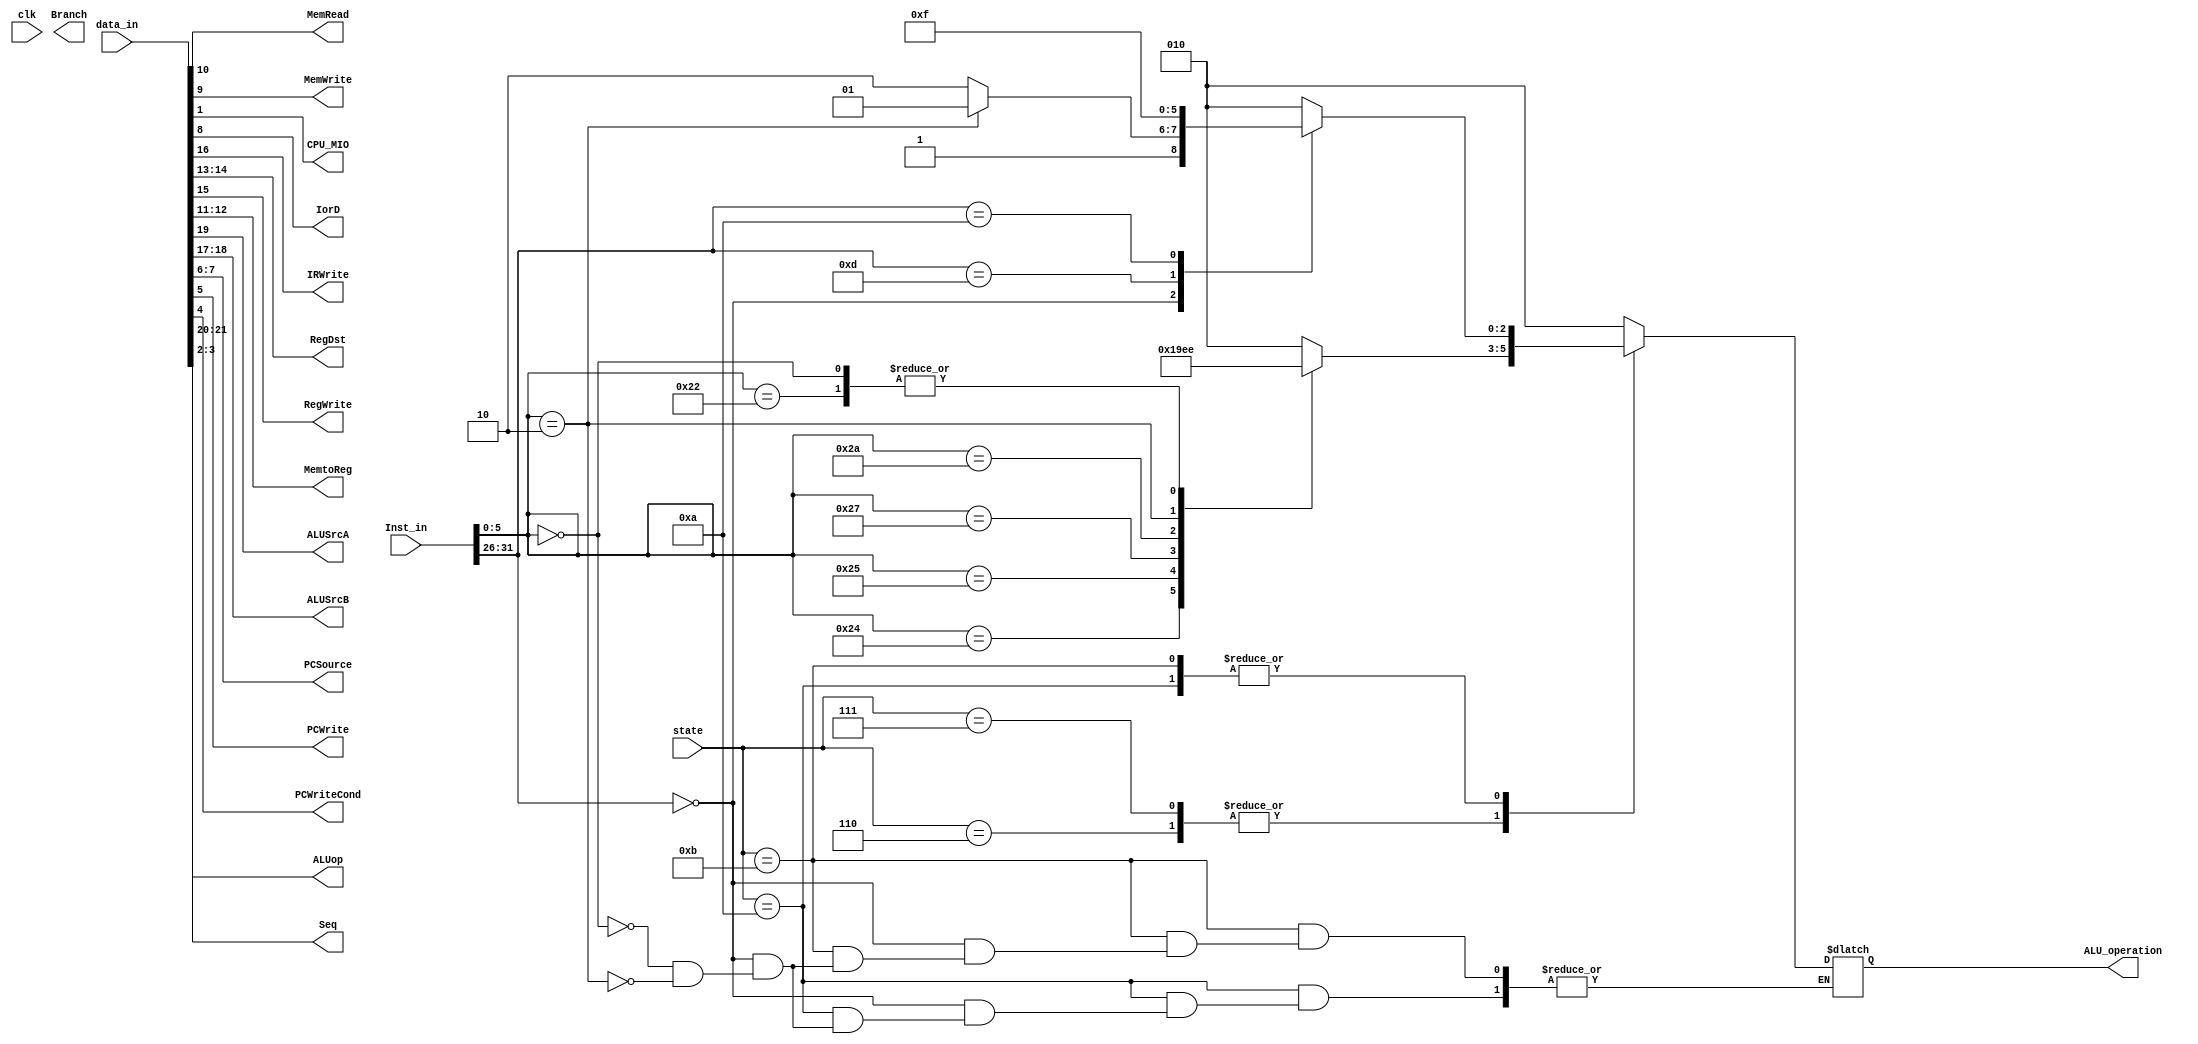
`timescale 1ns / 1ps
//////////////////////////////////////////////////////////////////////////////////
// Company: 
// Engineer: 
// 
// Design Name: 
// Module Name:    decode 
// Project Name: 
// Target Devices: 
// Tool versions: 
// Description: 
//
// Dependencies: 
//
// Revision: 
// Revision 0.01 - File Created
// Additional Comments: 
//
//////////////////////////////////////////////////////////////////////////////////
module decode(
				input [21:0]data_in,
				input [31:0] Inst_in,
				input [3:0]state,
				input clk,
				output MemRead,
				output MemWrite,
				output reg[2:0]ALU_operation,
				
				output CPU_MIO,
				output IorD,
				output IRWrite,
				output [1:0]RegDst,
				output RegWrite,
				output [1:0]MemtoReg,
				output ALUSrcA,
				output [1:0]ALUSrcB,
				output [1:0]PCSource,
				output PCWrite,
				output PCWriteCond,
				output Branch,
				output [1:0]ALUop,
				output [1:0]Seq
    );

assign ALUop=data_in[21:20];
assign ALUSrcA=data_in[19];
assign ALUSrcB=data_in[18:17];
assign IRWrite=data_in[16];
assign RegWrite=data_in[15];
assign RegDst=data_in[14:13];
assign MemtoReg=data_in[12:11];
assign MemRead=data_in[10];
assign MemWrite=data_in[9];
assign IorD=data_in[8];
assign PCSource=data_in[7:6];
assign PCWrite=data_in[5];
assign PCWriteCond=data_in[4];
assign Seq=data_in[3:2];
assign CPU_MIO=data_in[1];
assign branch=data_in[0];

parameter AND=3'b000,OR=3'b001,ADD=3'b010,SUB=3'b110,NOR=3'b100,SLT=3'b111,XOR=3'b011,SRL=3'b101,SLL=3'b110;


always @ * begin
	case(state)
	4'b0110:begin
		  case (Inst_in[5:0]) //R-type OP 
			6'b100010: ALU_operation <= SUB; 
			6'b100100: ALU_operation <= AND; 
			6'b100101: ALU_operation <= OR; 
			6'b100111: ALU_operation <= NOR; 
			6'b101010: ALU_operation <= SLT; 
			6'b000010: ALU_operation <= SRL; //SP3 shfit 1bit right 
			6'b000000: ALU_operation <= SLL;
			default: ALU_operation <= ADD; 
			endcase
		end
	4'b0111:begin
			  case (Inst_in[5:0]) //R-type OP 
			6'b100010: ALU_operation <= SUB; 
			6'b100100: ALU_operation <= AND; 
			6'b100101: ALU_operation <= OR; 
			6'b100111: ALU_operation <= NOR; 
			6'b101010: ALU_operation <= SLT; 
			6'b000010: ALU_operation <= SRL; //SP3 shfit 1bit right 
			6'b000000: ALU_operation <= SLL;
			default: ALU_operation <= ADD; 
			endcase
		end
	4'b1010:begin
		case (Inst_in[31:26])
			6'b000000: case(Inst_in[5:0])
								6'b000000: ALU_operation = SLL;
								6'b000010:ALU_operation=SRL;
							endcase
			6'b001000: ALU_operation=ADD;
			6'b001101: ALU_operation=OR;
			6'b001010: ALU_operation=SLT;
			default: ALU_operation <= ADD; 
			endcase
		end
	4'b1011:begin
		case (Inst_in[31:26])
			6'b000000: case(Inst_in[5:0])
								6'b000000: ALU_operation = SLL;
								6'b000010:ALU_operation=SRL;
							endcase
			6'b001000: ALU_operation=ADD;
			6'b001101: ALU_operation=OR;
			6'b001010: ALU_operation=SLT;
			default: ALU_operation <= ADD; 
			endcase
		end
	default :ALU_operation=ADD;
	endcase
end

endmodule